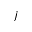
j